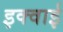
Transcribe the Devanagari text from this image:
इक्वाई